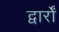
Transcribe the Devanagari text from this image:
द्वार्रों